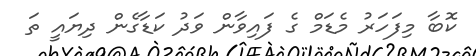
ކޮބާ މިފަހަރު މެޑަމް ގެ ފައިވާން ވަދު ކަޑާގެން ދިޔައީ ތަ